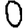
Digit: 0